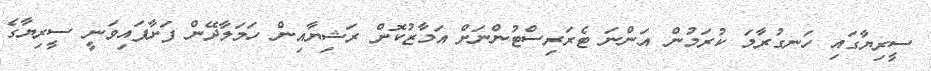
ސީރިޔާގައި ހަނގުރާމަ ކުރަމުން އަންނަ ޓެރަރިސްޓުންނަށް އަމާޒުކޮށް ރަޝިޔާއިން ހަމަލާދޭން ފަށާފައިވަނީ ސީރިޔާގެ